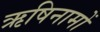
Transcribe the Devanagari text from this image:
ऋषिनामों